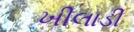
ખીલાડી